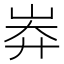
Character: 𡷓